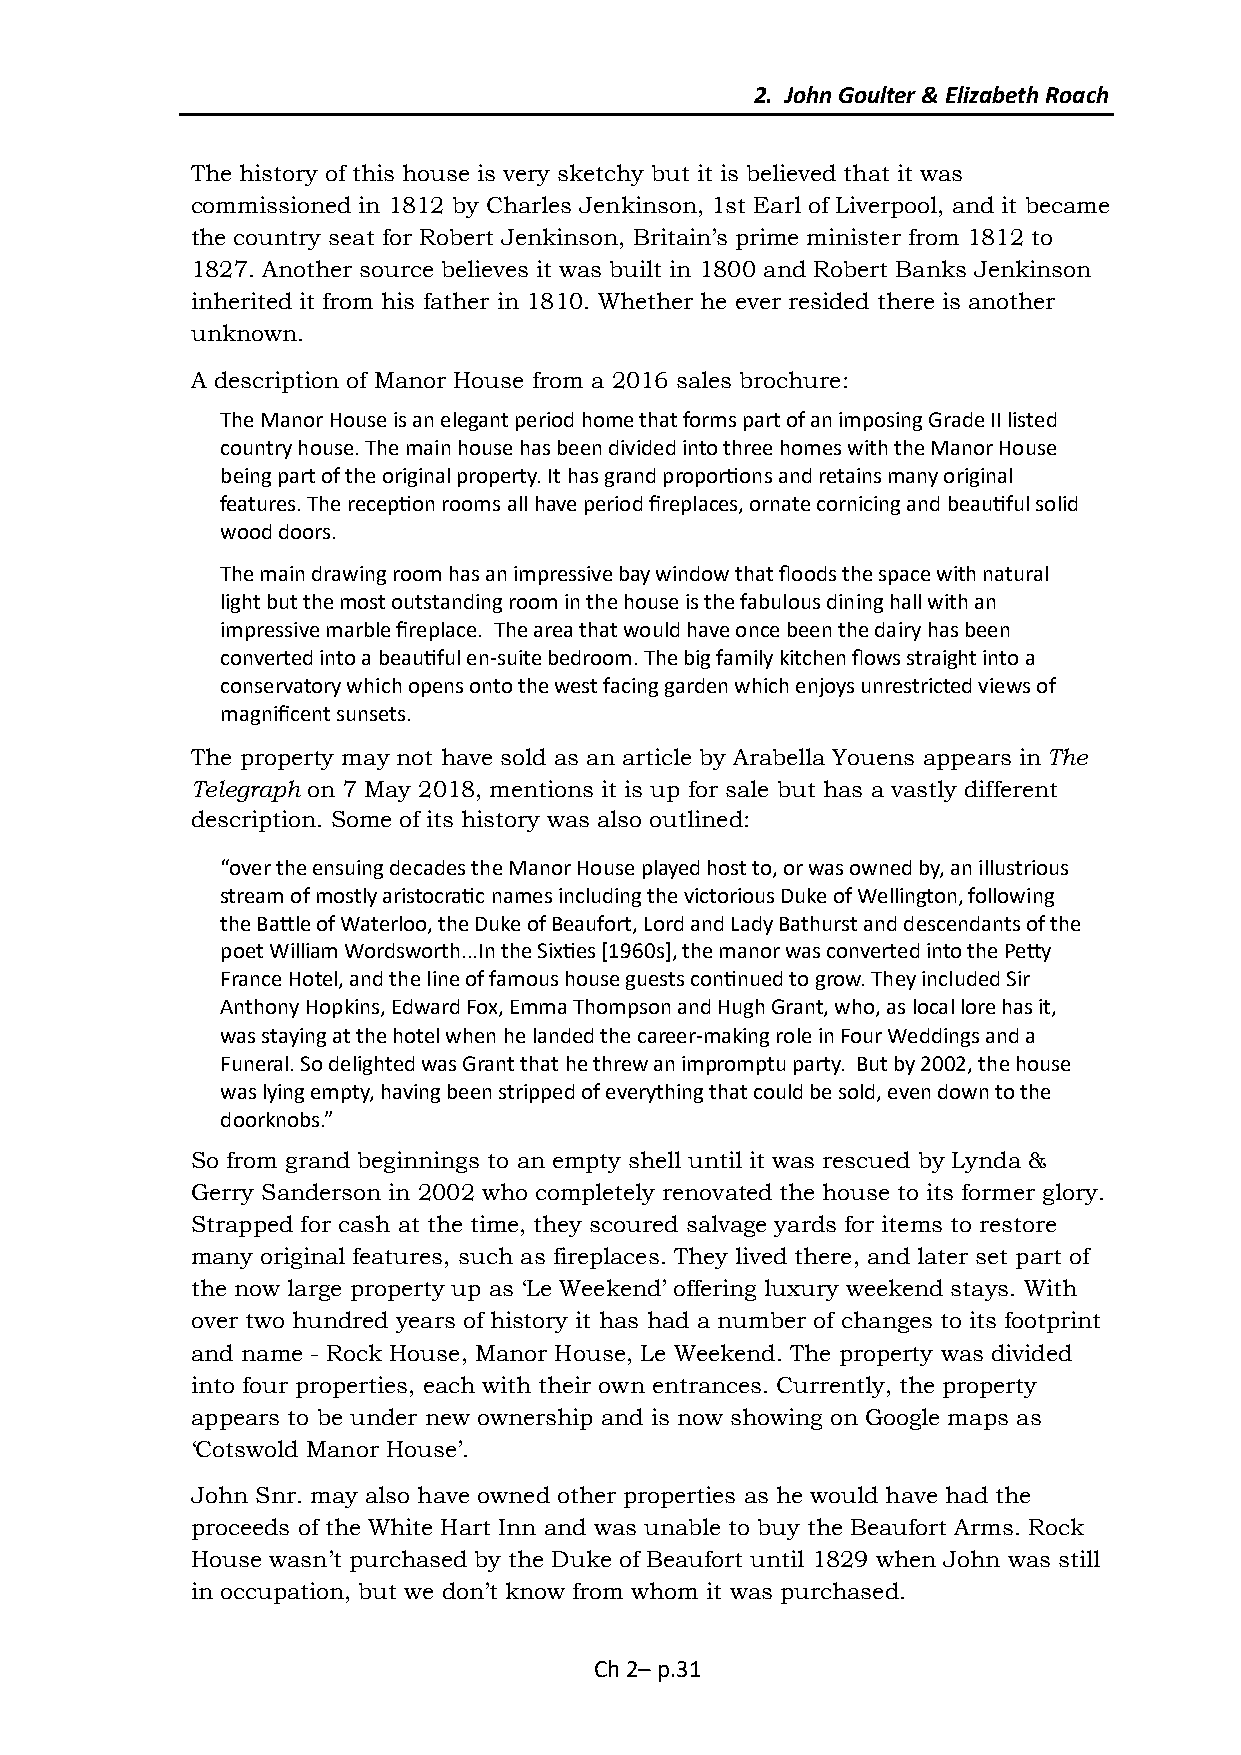
2. John Goulter & Elizabeth Roach
 The history of this house is very sketchy but it is believed that it was
 commissioned in 1812 by Charles Jenkinson, 1st Earl of Liverpool, and it became
 the country seat for Robert Jenkinson, Britain’s prime minister from 1812 to
 1827. Another source believes it was built in 1800 and Robert Banks Jenkinson
 inherited it from his father in 1810. Whether he ever resided there is another
 unknown.
 A description of Manor House from a 2016 sales brochure:
 The Manor House is an elegant period home that forms part of an imposing Grade II listed
 country house. The main house has been divided into three homes with the Manor House
 being part of the original property. It has grand proportions and retains many original
 features. The reception rooms all have period fireplaces, ornate cornicing and beautiful solid
 wood doors.
 The main drawing room has an impressive bay window that floods the space with natural
 light but the most outstanding room in the house is the fabulous dining hall with an
 impressive marble fireplace. The area that would have once been the dairy has been
 converted into a beautiful en-suite bedroom. The big family kitchen flows straight into a
 conservatory which opens onto the west facing garden which enjoys unrestricted views of
 magnificent sunsets.
 The property may not have sold as an article by Arabella Youens appears in The
 Telegraph on 7 May 2018, mentions it is up for sale but has a vastly different
 description. Some of its history was also outlined:
 “over the ensuing decades the Manor House played host to, or was owned by, an illustrious
 stream of mostly aristocratic names including the victorious Duke of Wellington, following
 the Battle of Waterloo, the Duke of Beaufort, Lord and Lady Bathurst and descendants of the
 poet William Wordsworth...In the Sixties [1960s], the manor was converted into the Petty
 France Hotel, and the line of famous house guests continued to grow. They included Sir
 Anthony Hopkins, Edward Fox, Emma Thompson and Hugh Grant, who, as local lore has it,
 was staying at the hotel when he landed the career-making role in Four Weddings and a
 Funeral. So delighted was Grant that he threw an impromptu party. But by 2002, the house
 was lying empty, having been stripped of everything that could be sold, even down to the
 doorknobs.”
 So from grand beginnings to an empty shell until it was rescued by Lynda &
 Gerry Sanderson in 2002 who completely renovated the house to its former glory.
 Strapped for cash at the time, they scoured salvage yards for items to restore
 many original features, such as fireplaces. They lived there, and later set part of
 the now large property up as ‘Le Weekend’ offering luxury weekend stays. With
 over two hundred years of history it has had a number of changes to its footprint
 and name - Rock House, Manor House, Le Weekend. The property was divided
 into four properties, each with their own entrances. Currently, the property
 appears to be under new ownership and is now showing on Google maps as
 ‘Cotswold Manor House’.
 John Snr. may also have owned other properties as he would have had the
 proceeds of the White Hart Inn and was unable to buy the Beaufort Arms. Rock
 House wasn’t purchased by the Duke of Beaufort until 1829 when John was still
 in occupation, but we don’t know from whom it was purchased.
 Ch 2– p.31